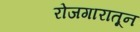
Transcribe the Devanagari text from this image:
रोजगारातून